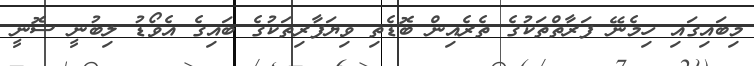
މިބައިގައި ހިމެނޭ ފަރާތްތަކުގެ ތެރެއިން ބޮޑެތި ވިޔަފާރިތަކުގެ ބައިގެ އެވޯޑު ލިބުނީ ސޮނީ